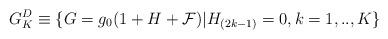
LaTeX: \begin{align*}G^{D}_{K} \equiv \{ G=g_{0} (1 + H + {\cal F}) | H_{(2k-1)} = 0,k= 1, .., K \}\end{align*}